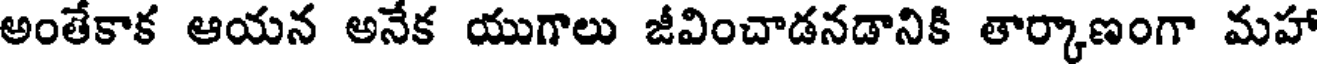
అంతేకాక ఆయన అనేక యుగాలు జీవించాడనడానికి తార్కాణంగా మహా